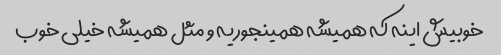
خوبیش اینه که همیشه همینجوریه و مثل همیشه خیلی خوب